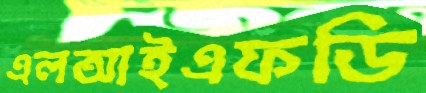
এলআইএফডি